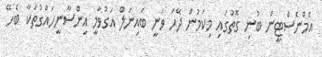
އެމްނެސްޓީން ބުނި ގޮތުގައި މިކަމުން ދޭހަ ވަނީ ބައިނަލް އަގުވާމީ އިންސާނީހައްގުތަކާ ބެހޭ